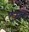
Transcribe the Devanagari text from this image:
दलद